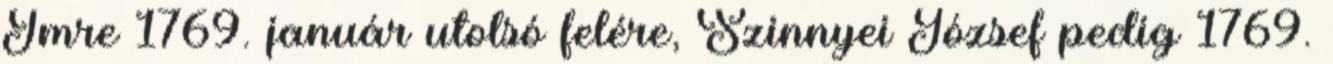
Imre 1769. január utolsó felére, Szinnyei József pedig 1769.